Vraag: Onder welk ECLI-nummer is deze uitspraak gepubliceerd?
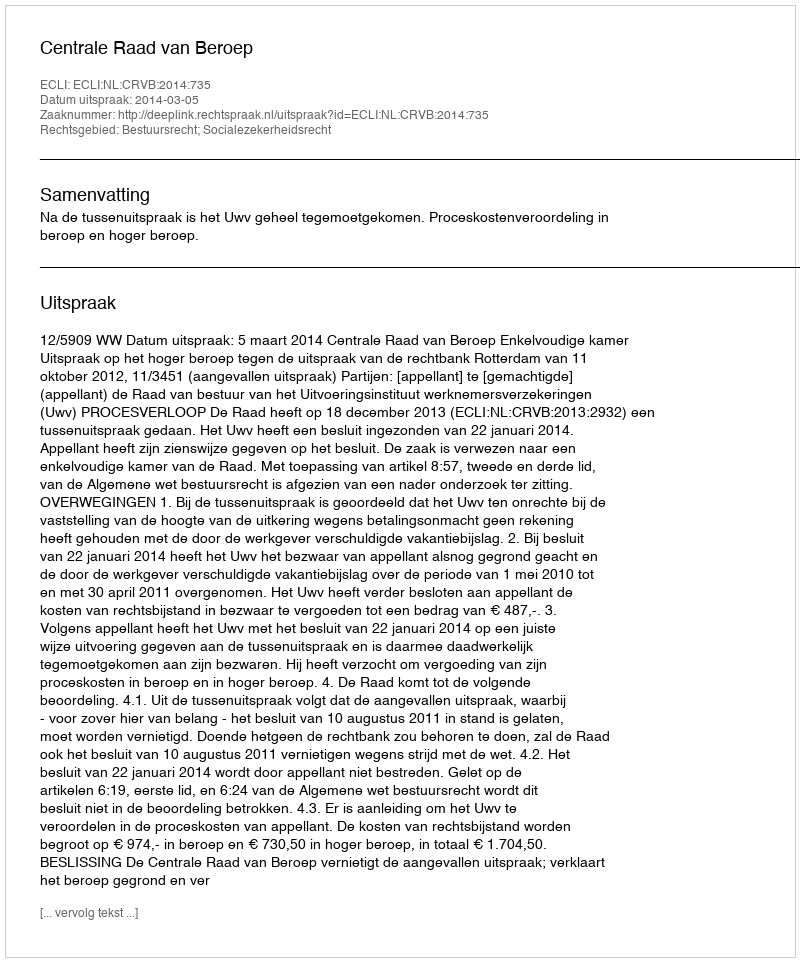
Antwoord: ECLI:NL:CRVB:2014:735